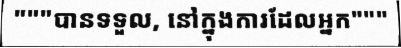
"""បានទទួល, នៅក្នុងការដែលអ្នក"""